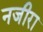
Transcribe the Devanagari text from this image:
नजीरा